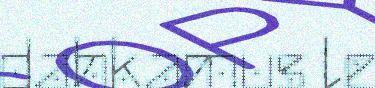
dahkamus le